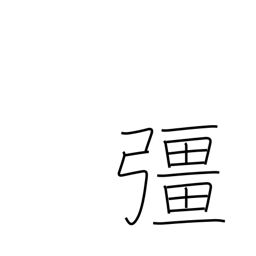
Meaning: strong